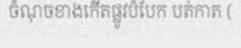
ចំណុចខាងកើតផ្លូវបំបែក បត់កាត (